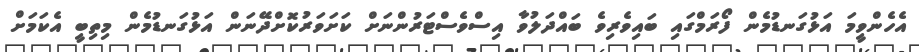
އެހެންވީމަ އަޅުގަނޑުމެން ފޯރަމްގައި ބައިވެރިވެ ބައްދަލުވާ އިސްވެސްޓަރުންނަށް ކަށަވަރުކޮށްދޭނަން އަޅުގަނޑުމެން މިތިބީ އެކަމަށް